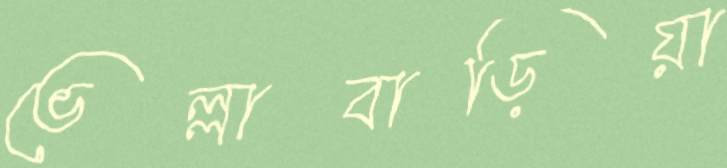
ভেল্লাবাড়িয়া